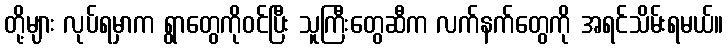
တို့များ လုပ်ရမှာက ရွာတွေကိုဝင်ပြီး သူကြီးတွေဆီက လက်နက်တွေကို အရင်သိမ်းရမယ်။